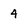
Character: 4